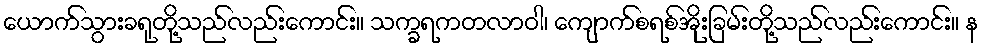
ယောက်သွားခရုတို့သည်လည်းကောင်း။ သက္ခရကတလာဝါ၊ ကျောက်စရစ်အိုးခြမ်းတို့သည်လည်းကောင်း။ န